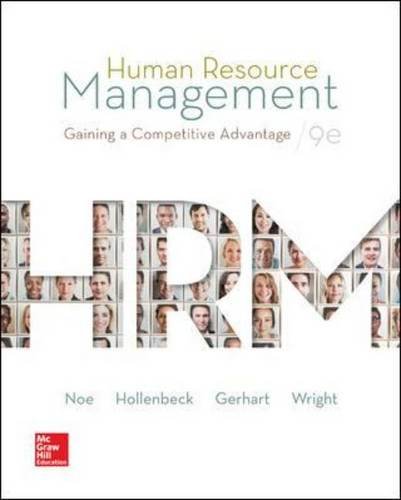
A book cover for Human Resource Management; Raymond Noe; Business & Money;